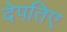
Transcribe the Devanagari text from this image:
देपतिए